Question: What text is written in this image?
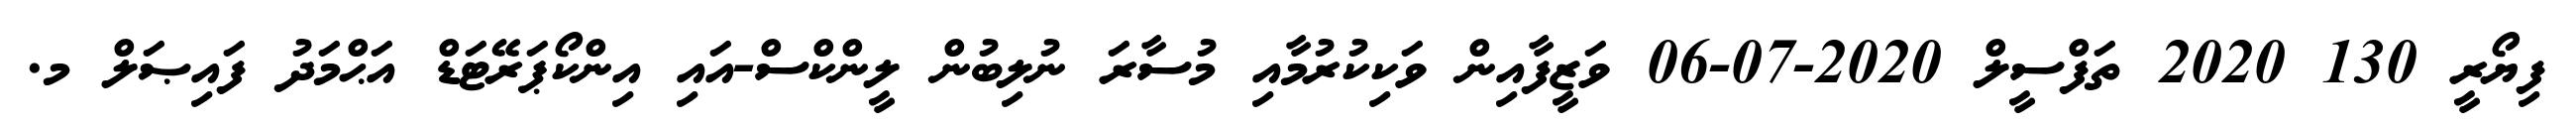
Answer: ފިޔޯރީ 130 2020 ތަފްސީލް 2020-07-06 ވަޒީފާއިން ވަކިކުރުމާއި މުސާރަ ނުލިބުން ލީންކްސް-އައި އިންކޯޕަރޭޓަޑް އަޙްމަދު ފައިޞަލް މ.